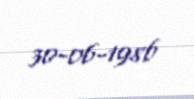
30-06-1986